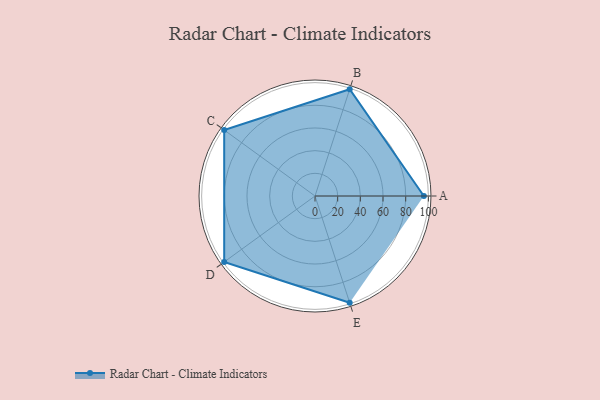
{"axis": {"x": "Skill", "y": "Score"}, "legend": ["Profile"], "data": [{"x": "A", "y": 96.0, "type": "Profile"}, {"x": "B", "y": 99.0, "type": "Profile"}, {"x": "C", "y": 99, "type": "Profile"}, {"x": "D", "y": 99, "type": "Profile"}, {"x": "E", "y": 99, "type": "Profile"}]}